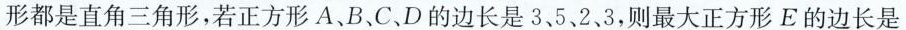
形都是直角三角形，若正方形A、B、C、D的边长是3、5、2、3，则最大正方形E的边长是